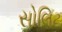
સોલિટ